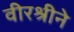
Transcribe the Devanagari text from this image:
वीरश्रीने